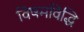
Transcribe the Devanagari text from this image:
विषमविद्धि